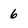
Character: 6